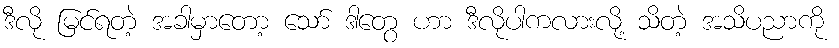
ဒီလို မြင်ရတဲ့ အခါမှာတော့ သော် ဒါတွေ ဟာ ဒီလိုပါကလားလို့ သိတဲ့ အသိပညာကို